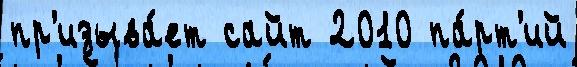
пр'изыва́ет сайт 2010 па́рт'ий